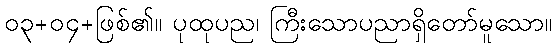
၀၃+၀၄+ဖြစ်၏။ ပုထုပည၊ ကြီးသောပညာရှိတော်မူသော။